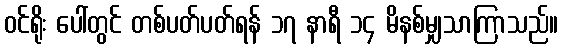
ဝင်ရိုး ပေါ်တွင် တစ်ပတ်ပတ်ရန် ၁၇ နာရီ ၁၄ မိနစ်မျှသာကြာသည်။